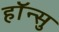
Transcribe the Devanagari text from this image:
हाॅन्सु